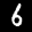
Label: 6